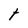
Character: t